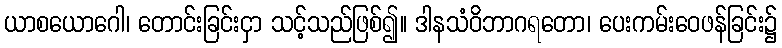
ယာစယောဂေါ၊ တောင်းခြင်းငှာ သင့်သည်ဖြစ်၍။ ဒါနသံဝိဘာဂရတော၊ ပေးကမ်းဝေဖန်ခြင်း၌